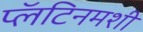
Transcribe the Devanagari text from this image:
प्लॅटिनमशी